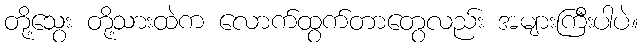
တို့သွေး တို့သားထဲက လောက်ထွက်တာတွေလည်း အများကြီးပါပဲ။